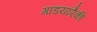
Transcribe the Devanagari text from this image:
गाडयांपैकी